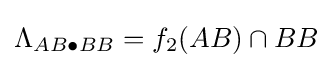
\Lambda _{AB\bullet BB}=f_{2}(AB)\cap BB